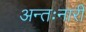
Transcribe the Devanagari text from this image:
अन्तःनारी